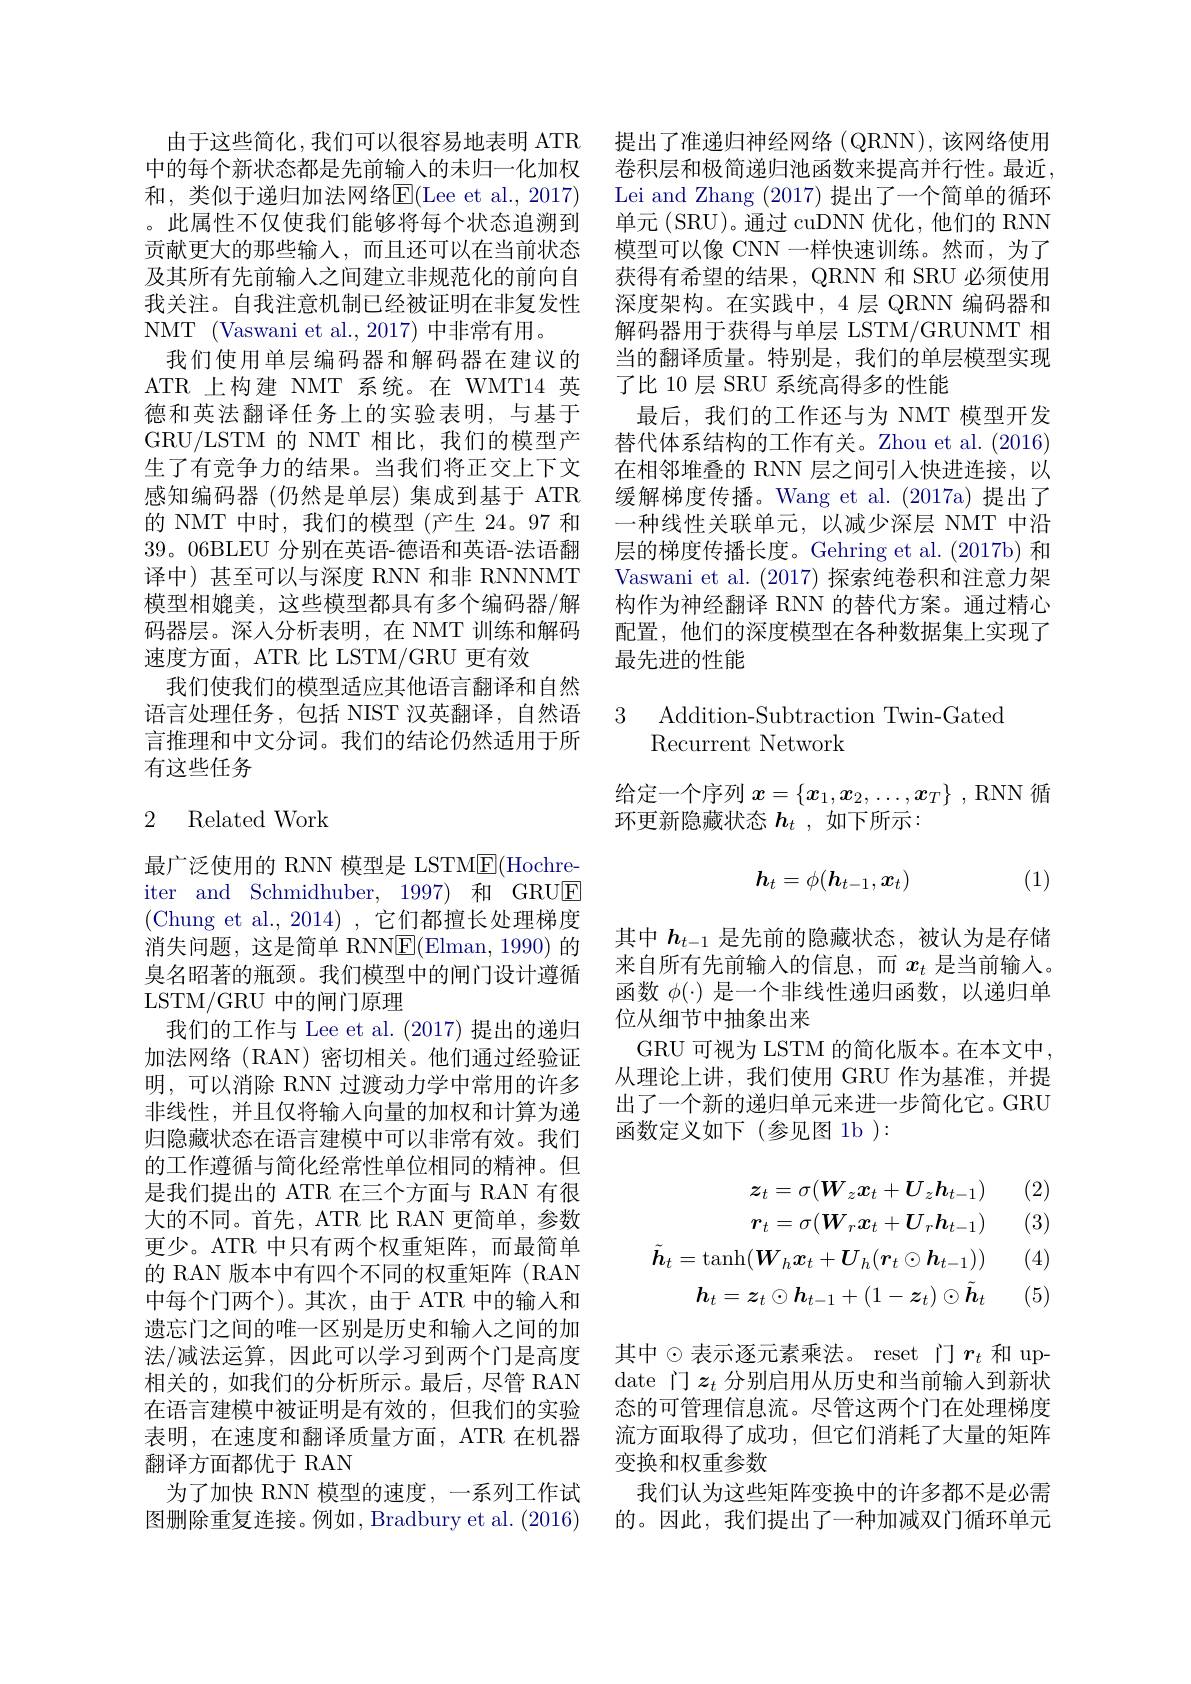
由于这些简化，我们可以很容易地表明 ATR 中的每个新状态都是先前输入的未归一化加权和，类似于递归加法网络E(Lee et al.,2017) 。此属性不仅使我们能够将每个状态追溯到贡献更大的那些输入，而且还可以在当前状态及其所有先前输入之间建立非规范化的前向自我关注。自我注意机制已经被证明在非复发性NMT (Vaswani et al., 2017) 中非常有用。
我们使用单层编码器和解码器在建议的ATR 上构建 NMT 系统。在 WMT14 英德和英法翻译任务上的实验表明，与基于GRU/LSTM 的 NMT 相比，我们的模型产生了有竞争力的结果。当我们将正交上下文感知编码器(仍然是单层)集成到基于 ATR 的 NMT 中时，我们的模型 (产生 24。97 和39。06BLEU 分别在英语-德语和英语-法语翻译中) 甚至可以与深度 RNN 和非 RNNNMT 模型相媲美，这些模型都具有多个编码器/解码器层。深人分析表明，在 NMT 训练和解码速度方面，ATR 比 LSTM/GRU 更有效
我们使我们的模型适应其他语言翻译和自然语言处理任务，包括 NIST 汉英翻译，自然语言推理和中文分词。我们的结论仍然适用于所有这些任务

## 2 Related Work

最广泛使用的 RNN 模型是 LSTM$\mathbb{E}($Hochreiter and Schmidhuber, 1997) 和 GRUE (Chung et al., 2014), 它们都擅长处理梯度消失问题，这是简单 RNN$\underline{\mathrm{E}}($Elman,1990)的臭名昭著的瓶颈。我们模型中的闸门设计遵循LSTM/GRU 中的闸门原理
我们的工作与 Lee et al. (2017) 提出的递归加法网络(RAN)密切相关。他们通过经验证明，可以消除 RNN 过渡动力学中常用的许多非线性，并且仅将输入向量的加权和计算为递归隐藏状态在语言建模中可以非常有效。我们的工作遵循与简化经常性单位相同的精神。但是我们提出的 ATR 在三个方面与 RAN 有很大的不同。首先，ATR 比 RAN 更简单，参数更少。ATR 中只有两个权重矩阵，而最简单的 RAN 版本中有四个不同的权重矩阵 (RAN 中每个门两个)。其次，由于 ATR 中的输入和遗忘门之间的唯一区别是历史和输入之间的加法/减法运算，因此可以学习到两个门是高度相关的，如我们的分析所示。最后，尽管 RAN 在语言建模中被证明是有效的，但我们的实验表明，在速度和翻译质量方面，ATR 在机器翻译方面都优于 RAN
为了加快 RNN 模型的速度，一系列工作试图删除重复连接。例如，Bradbury et al. (2016)

提出了准递归神经网络(QRNN),该网络使用卷积层和极简递归池函数来提高并行性。最近， Lei and Zhang (2017) 提出了一个简单的循环单元(SRU)。通过 cuDNN 优化，他们的 RNN 模型可以像 CNN 一样快速训练。然而，为了获得有希望的结果，QRNN 和 SRU 必须使用深度架构。在实践中，4 层 QRNN 编码器和解码器用于获得与单层 LSTM/GRUNMT 相当的翻译质量。特别是，我们的单层模型实现了比 10 层 SRU 系统高得多的性能
最后，我们的工作还与为 NMT 模型开发替代体系结构的工作有关。Zhou et al.(2016) 在相邻堆叠的 RNN 层之间引入快进连接，以缓解梯度传播。Wang et al. (2017a)提出了一种线性关联单元，以减少深层 NMT 中沿层的梯度传播长度。Gehring et al. (2017b) 和Vaswani et al. (2017) 探索纯卷积和注意力架构作为神经翻译 RNN 的替代方案。通过精心配置，他们的深度模型在各种数据集上实现了最先进的性能

3 Addition-Subtraction Twin-Gated
Recurrent Network

给定一个序列$x=\{x_1,x_2,\ldots,x_T\}$ , RNN 循
环更新隐藏状态$h_t$ ,如下所示：
$$h_t=\phi(h_{t-1},x_t)$$
(1)

其中$h_{t-1}$是先前的隐藏状态，被认为是存储来自所有先前输入的信息，而$x_t$是当前输入。函数$\phi(\cdot)$是一个非线性递归函数，以递归单位从细节中抽象出来
GRU 可视为 LSTM 的简化版本。在本文中， 从理论上讲，我们使用 GRU 作为基准，并提出了一个新的递归单元来进一步简化它。GRU 函数定义如下(参见图 1b):

(2)

(3)
$$\boldsymbol{z}_{t}=\sigma(\boldsymbol{W}_{z}\boldsymbol{x}_{t}+\boldsymbol{U}_{z}\boldsymbol{h}_{t-1})\\\boldsymbol{r}_{t}=\sigma(\boldsymbol{W}_{r}\boldsymbol{x}_{t}+\boldsymbol{U}_{r}\boldsymbol{h}_{t-1})\\\tilde{\boldsymbol{h}}_{t}=\mathrm{tanh}(\boldsymbol{W}_{h}\boldsymbol{x}_{t}+\boldsymbol{U}_{h}(\boldsymbol{r}_{t}\odot\boldsymbol{h}_{t-1}))\\\boldsymbol{h}_{t}=\boldsymbol{z}_{t}\odot\boldsymbol{h}_{t-1}+(1-\boldsymbol{z}_{t})\odot\tilde{\boldsymbol{h}}_{t}$$
(4)

(5)

其中$\odot$表示逐元素乘法。reset 门$r_t$ 和 update 门$z_t$ 分别启用从历史和当前输入到新状态的可管理信息流。尽管这两个门在处理梯度流方面取得了成功，但它们消耗了大量的矩阵变换和权重参数
我们认为这些矩阵变换中的许多都不是必需的。因此，我们提出了一种加减双门循环单元